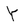
Character: Y